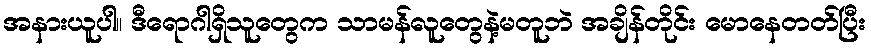
အနားယူပါ။ ဒီရောဂါရှိသူတွေက သာမန်လူတွေနဲ့မတူဘဲ အချိန်တိုင်း မောနေတတ်ပြီး